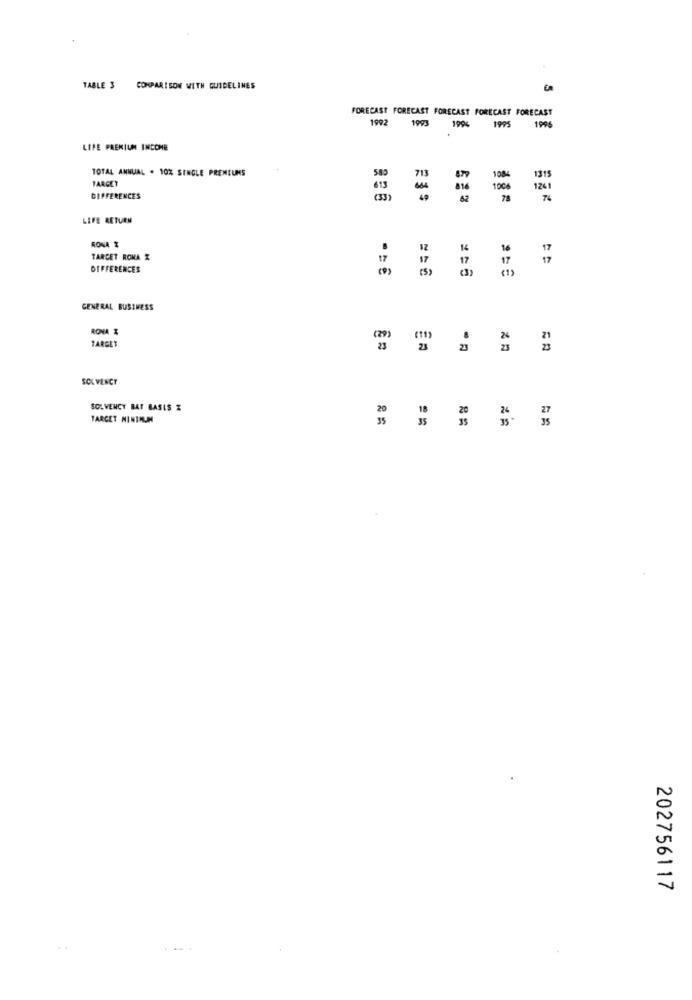
TABLE 3 COMPARISON WITH GUIDELINES
FORECAST FORECAST FORECAST FORECAST FORECAST
1992 1993
1994
1995
1996
LIFE PREMIUM INCOME
TOTAL ANNUAL . 10% SINGLE PREMIUMS
583
TARGET
1315
613
1006
124
DIFFERENCES
(33)
76
LIFE RETURN
RONA %
.
TARCET ROMA X
17
17
= =
DIFFERENCES
17
= = 6
= = =
GENERAL BUSINESS
RONA %
TARGET
SOL VENCY
SOLVENCY BAT BASIS %
18
TARGET MINIMUM
35
35
202756117